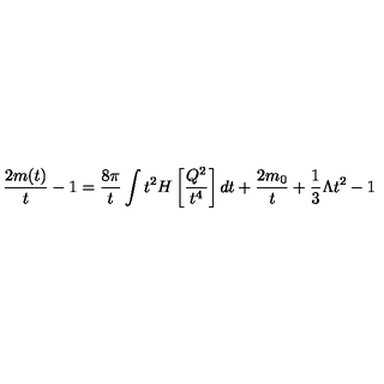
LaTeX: \frac { 2 m ( t ) } { t } - 1 = \frac { 8 \pi } { t } \int t ^ { 2 } H \left[ \frac { Q ^ { 2 } } { t ^ { 4 } } \right] d t + \frac { 2 m _ { 0 } } { t } + \frac { 1 } { 3 } \Lambda t ^ { 2 } - 1